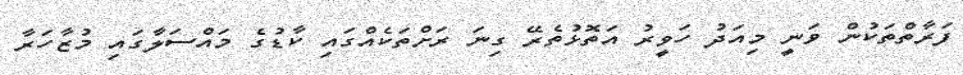
ފަރާތްތަކުން ވަނީ މިއަދު ހަވީރު އަތޮޅުތެރޭ ގިނަ ރަށްތަކެއްގައި ކާޑުގެ މައްސަލާގައި މުޒާހަރާ